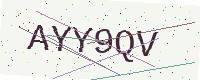
Text: AYY9QV